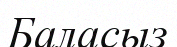
Баласыз